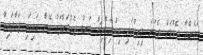
ކައެންއާ ދެކޮޅަށް ދެވަނަ މިނިޓްގައި އިބްރަހިމޮވިޗް ލަނޑު ޖެހުމަށްފަހު އޭނާ ގައިގައި ޖަހާފައިވާ